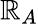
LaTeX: \mathbb{R}_{A}